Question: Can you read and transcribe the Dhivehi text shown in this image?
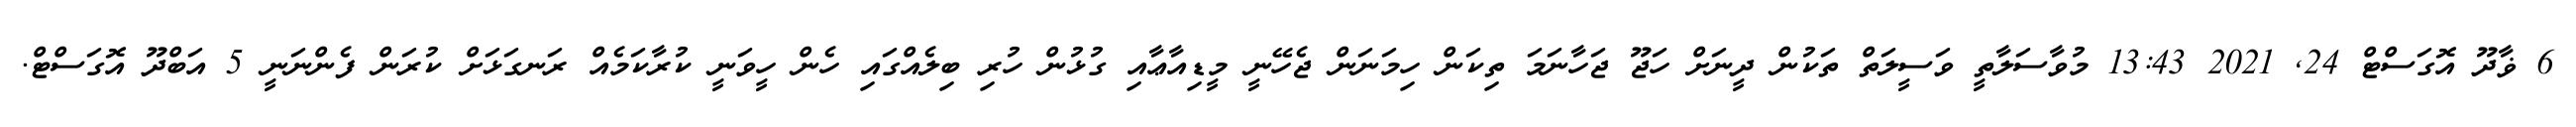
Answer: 6 ޥާދޫ އޮގަސްޓް 24, 2021 13:43 މުވާސަލާތީ ވަސީލަތް ތަކުން ދީނަށް ހަޖޫ ޖަހާނަމަ ތިކަން ހިމަނަން ޖެހޭނީ މީޑިއާޢާއި ގުޅުން ހުރި ބިލެއްގައި ހެން ހީވަނީ ކުރާކަމެއް ރަނގަޅަށް ކުރަން ފެންނަނީ 5 އަބްދޫ އޮގަސްޓް.